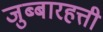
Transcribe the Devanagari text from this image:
जुब्बारहत्ती